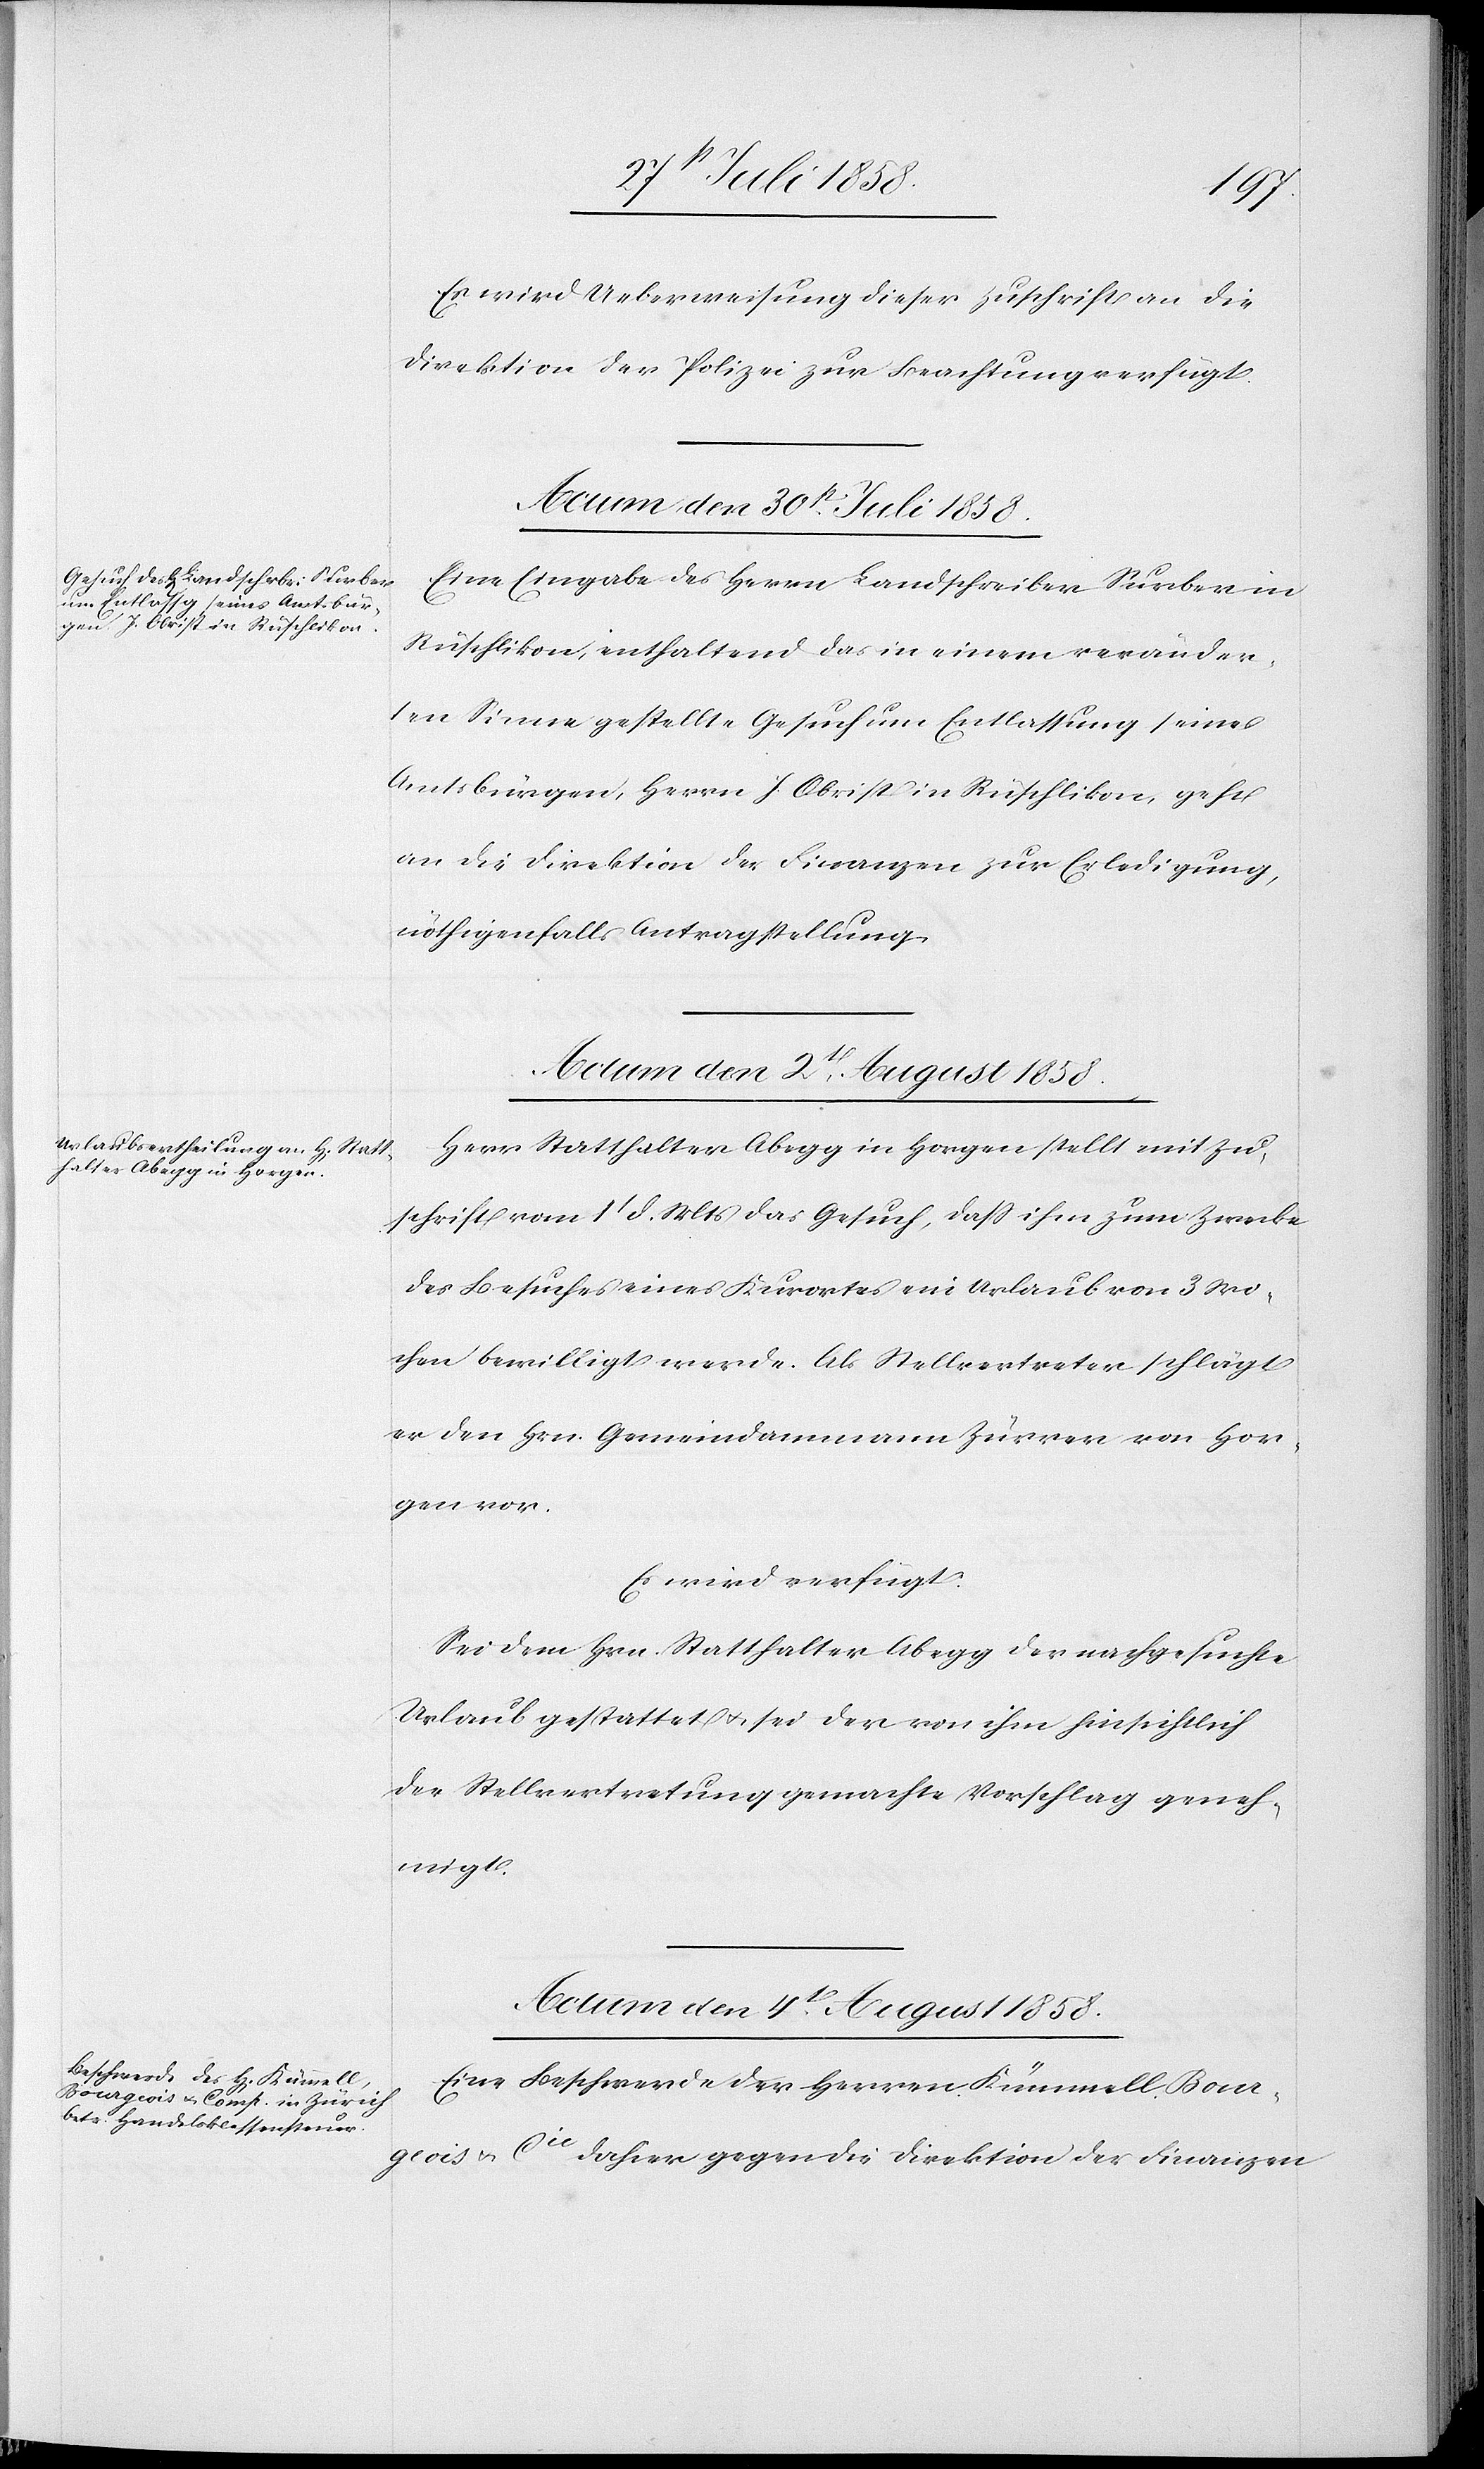
Es wird Ueberweisung dieser Zuschrift an die
Direktion der Polizei zur Beachtung verfügt.
Actum den 30st. Juli 1858.
Eine Eingabe des Herrn Landschreiber Surber in
Rüschlikon, enthaltend das in einem veränder¬
ten Sinne gestellte Gesuch um Entlassung seines
Amtsbürgen, Herrn J. Obrist in Rüschlikon, geht
an die Direktion der Finanzen zur Erledigung,
nöthigenfalls Antragstellung.
Actum den 2t. August 1858.
Herr Statthalter Abegg in Horgen stellt mit Zu¬
schrift vom 1t d. Mts das Gesuch, dass ihm zum Zwecke
des Besuches eines Kurortes ein Urlaub von 3 Wo¬
chen bewilligt werde. Als Stellvertreter schlägt
er den Hrn. Gemeindammann Zürrer von Hor¬
gen vor.
Es wird verfügt:
Sei dem Hrn. Statthalter Abegg der nachgesuchte
Urlaub gestattet & sei der von ihm hinsichtlich
der Stellvertretung gemachte Vorschlag geneh¬
migt.
Actum den 4t. August 1858.
Eine Beschwerde der Herren Kümmell, Bour¬
geois & Cie dahier gegen die Direktion der Finanzen